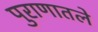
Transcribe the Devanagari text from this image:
पुराणातले